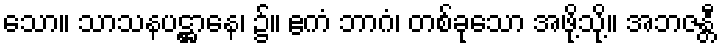
သော။ သာသနပဋ္ဌာနေ၊ ၌။ ဧကံ ဘာဂံ၊ တစ်ခုသော အဖို့သို့။ အဘဇန္တီ